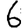
Digit: 6